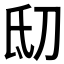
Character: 𬇉